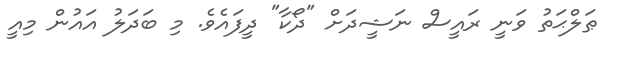
ޠަލްޙަތު ވަނީ ރައީސް ނަޝީދަށް "ދޯކާ" ދީފައެވެ. މި ބަދަލު އައުން މިއީ